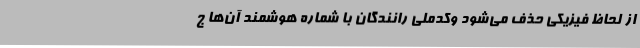
از لحاظ فیزیکی حذف می‌شود وکدملی رانندگان با شماره هوشمند آن‌ها ج